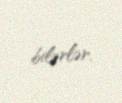
bilərlər.